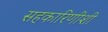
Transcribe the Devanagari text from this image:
सहकारिणीशी